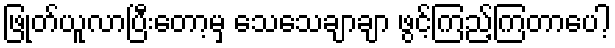
ဖြုတ်ယူလာပြီးတော့မှ သေသေချာချာ ဖွင့်ကြည့်ကြတာပေါ့